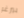
بيرغر